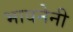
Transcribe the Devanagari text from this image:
भावनेनी